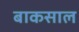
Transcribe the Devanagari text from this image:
बाकसाल